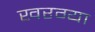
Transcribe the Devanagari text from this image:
खरग्या